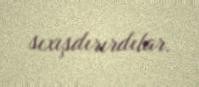
sıxışdırırdılar.